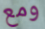
ومع